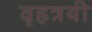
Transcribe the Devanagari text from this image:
वृहत्रयी